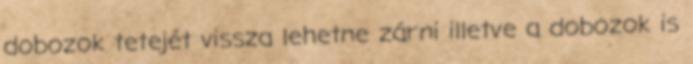
dobozok tetejét vissza lehetne zárni illetve a dobozok is